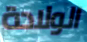
الولادة